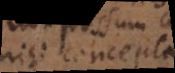
nisi concepta